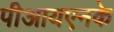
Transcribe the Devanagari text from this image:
पीआयएनके